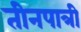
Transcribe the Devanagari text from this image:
तीनपात्री